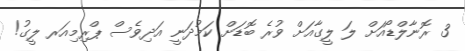
3 ރޮނާލްޑޯއަށް ލަ ލީގާއަށް ވުރެ ބޮޑަށް ކަމުދަނީ އަދިވެސް ޕްރިމިއަރ ލީގު!